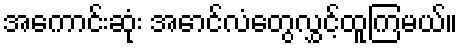
အကောင်းဆုံး အောင်လံတွေလွှင့်ထူကြမယ်။